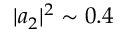
| a _ { 2 } | ^ { 2 } \sim 0 . 4